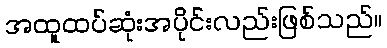
အထူထပ်ဆုံးအပိုင်းလည်းဖြစ်သည်။